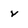
Character: v